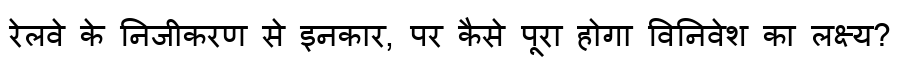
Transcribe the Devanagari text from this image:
रेलवे के निजीकरण से इनकार, पर कैसे पूरा होगा विनिवेश का लक्ष्य?